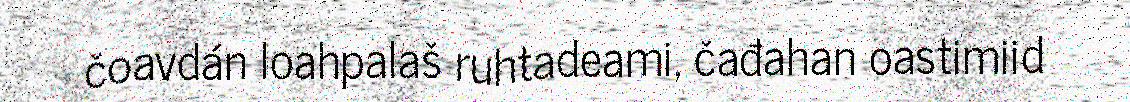
čoavdán loahpalaš ruhtadeami, čađahan oastimiid